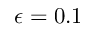
\epsilon = 0 . 1